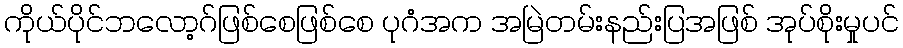
ကိုယ်ပိုင်ဘလော့ဂ်ဖြစ်စေဖြစ်စေ ပုဂံအက အမြဲတမ်းနည်းပြအဖြစ် အုပ်စိုးမှုပင်